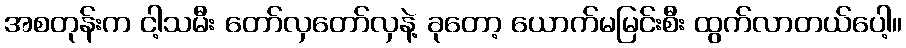
အစတုန်းက ငါ့သမီး တော်လှတော်လှနဲ့ ခုတော့ ယောက်မမြင်းစီး ထွက်လာတယ်ပေါ့။